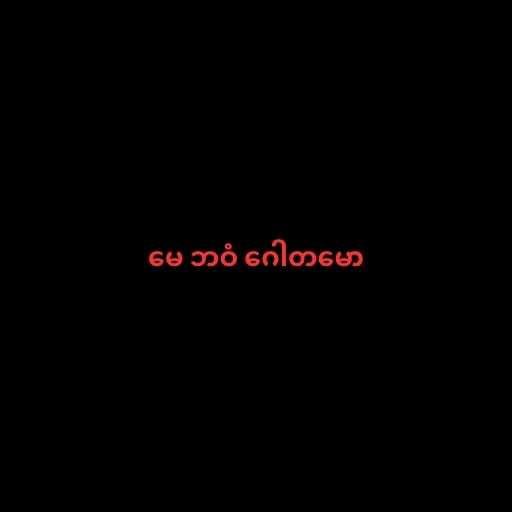
မေ ဘဝံ ဂေါတမော